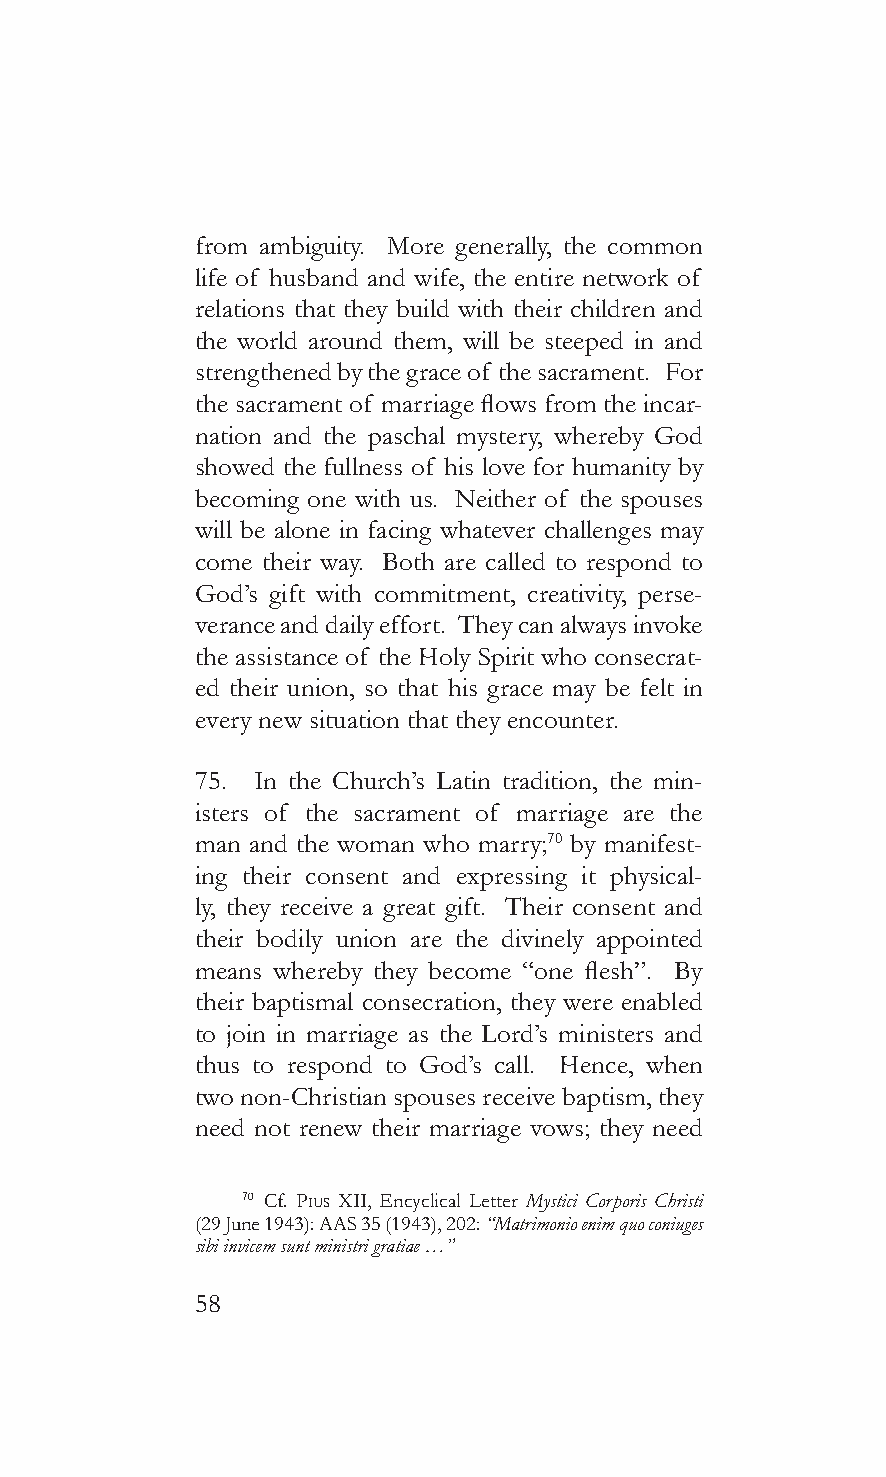
from ambiguity. More generally, the common
 life of husband and wife, the entire network of
 relations that they build with their children and
 the world around them, will be steeped in and
 strengthened by the grace of the sacrament. For
 the sacrament of marriage flows from the incar-
 nation and the paschal mystery, whereby God
 showed the fullness of his love for humanity by
 becoming one with us. Neither of the spouses
 will be alone in facing whatever challenges may
 come their way. Both are called to respond to
 God’s gift with commitment, creativity, perse-
 verance and daily effort. They can always invoke
 the assistance of the Holy Spirit who consecrat-
 ed their union, so that his grace may be felt in
 every new situation that they encounter.
 75. In the Church’s Latin tradition, the min-
 isters of the sacrament of marriage are the
 man and the woman who marry;70 by manifest-
 ing their consent and expressing it physical-
 ly, they receive a great gift. Their consent and
 their bodily union are the divinely appointed
 means whereby they become “one flesh”. By
 their baptismal consecration, they were enabled
 to join in marriage as the Lord’s ministers and
 thus to respond to God’s call. Hence, when
 two non-Christian spouses receive baptism, they
 need not renew their marriage vows; they need
 70 Cf. pius XII, Encyclical Letter Mystici Corporis Christi
 (29 June 1943): AAS 35 (1943), 202: “Matrimonio enim quo coniuges
 sibi invicem sunt ministri gratiae …”
 58